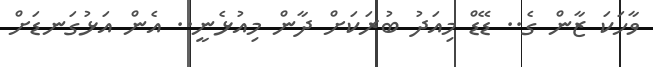
ވާހަކަ ޒާން ގެ.. ޑޭޑް މިއަދު ބުރަކަށް ދާން މިއުޅެނީ.. އެން އަޅުގަނޑަށް